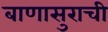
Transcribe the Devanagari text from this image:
बाणासुराची